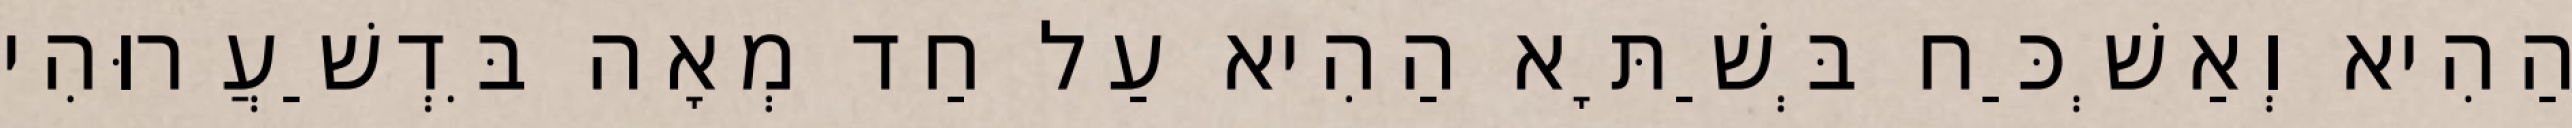
הַהִיא וְאַשְׁכַּח בְּשַׁתָּא הַהִיא עַל חַד מְאָה בִּדְשַׁעֲרוּהִי